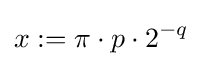
x:=\pi \cdot p\cdot 2^{-q}